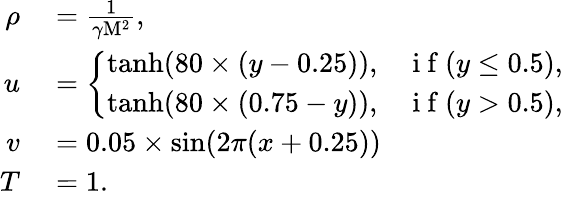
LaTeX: \begin{array}{rl}{\rho}&{{}=\frac{1}{\gamma\mathrm{M}^{2}},}\\ {u}&{{}=\left\{ \begin{array}{ll}{\operatorname{tanh}(80\times(y-0.25)),}&{\mathrm{~i~f~}(y\leq 0.5),}\\ {\operatorname{tanh}(80\times(0.75-y)),}&{\mathrm{~i~f~}(y>0.5),}\end{array}\right.}\\ {v}&{{}=0.05\times\sin(2\pi(x+0.25))}\\ {T}&{{}=1.}\end{array}